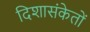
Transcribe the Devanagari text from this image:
दिशासंकेतों